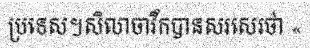
ប្រទេស។សិលាចារឹកបានសរសេរថា «